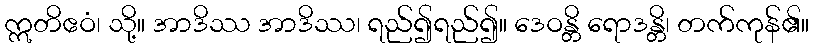
ဣတိဧဝံ၊ သို့။ အာဒိဿ အာဒိဿ၊ ရည်၍ရည်၍။ ဒေဝန္တိ ရောဒန္တိ၊ တက်ကုန်၏။